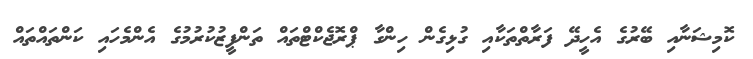
ކޮމިޝަނާއި ބޭރުގެ އެހީދޭ ފަރާތްތަކާއި ގުޅިގެން ހިންގާ ޕްރޮޖެކްޓްތައް ތަންފީޒުކުރުމުގެ އެންމެހައި ކަންތައްތައް